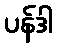
ပန်ဒါ